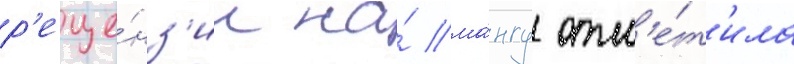
р'еце́нз'ии на́ ма́нгу отм'е́т'ила